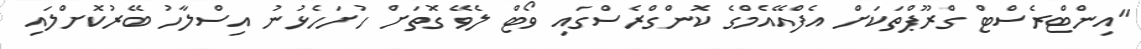
"އިންޓްރެސްޓް ގްރޫޕްތަކަށް އެފްއޭއެމްގެ ކޮންގްރެސްގައި ވޯޓް ލެވޭ ގޮތަށް ހުށަހެޅުނު އިސްލާހު ބޭރުކޮށްލައި